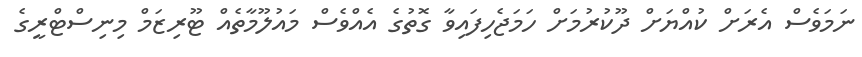
ނަމަވެސް އެރަށް ކުއްޔަށް ދޫކުރުމަށް ހަމަޖެހިފައިވާ ގޮތުގެ އެއްވެސް މައުލޫމާތެއް ޓޫރިޒަމް މިނިސްޓްރީގެ